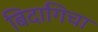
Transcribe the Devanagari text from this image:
बिदागिचा